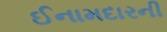
ઈનામદારની